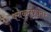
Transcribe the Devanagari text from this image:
पंचकलशांवर